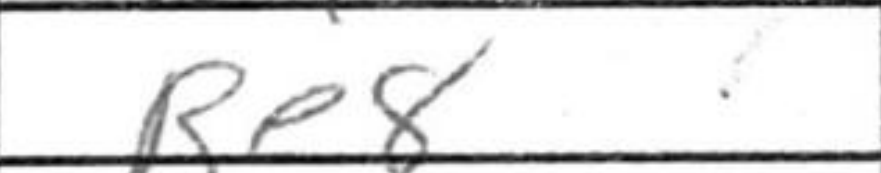
Transcription: Re8